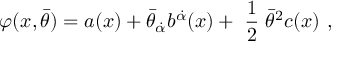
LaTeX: \varphi ( x , \bar { \theta } ) = a ( x ) + \bar { \theta } _ { \dot { \alpha } } b ^ { \dot { \alpha } } ( x ) + { \mathrm { \small { ~ \frac 1 2 ~ } } } \bar { \theta } ^ { 2 } c ( x ) \ ,